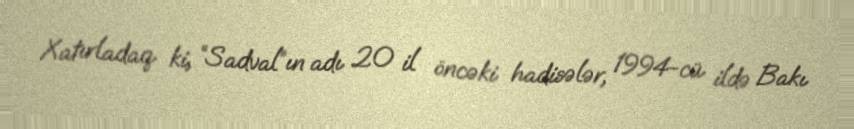
Xatırladaq ki, “Sadval”ın adı 20 il öncəki hadisələr, 1994-cü ildə Bakı